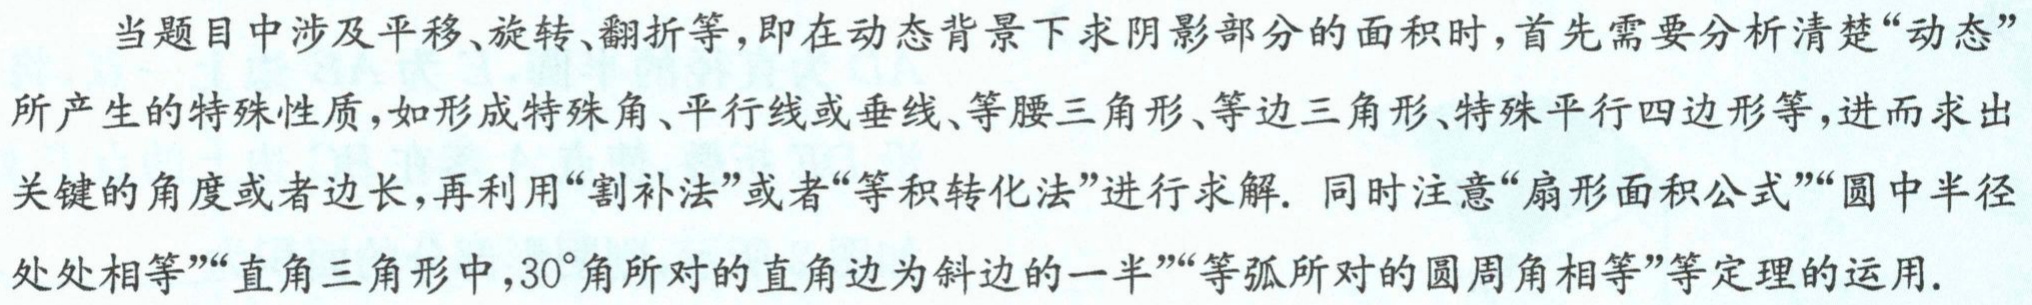
当题目中涉及平移、旋转、翻折等，即在动态背景下求阴影部分的面积时，首先需要分析清楚“动态”所产生的特殊性质，如形成特殊角、平行线或垂线、等腰三角形、等边三角形、特殊平行四边形等，进而求出关键的角度或者边长，再利用“割补法”或者“等积转化法”进行求解. 同时注意“扇形面积公式”“圆中半径处处相等”“直角三角形中，\(30^{\circ}\)角所对的直角边为斜边的一半”“等弧所对的圆周角相等”等定理的运用.